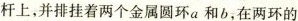
杆上，并排挂着两个金属圆环a和b，在两环的